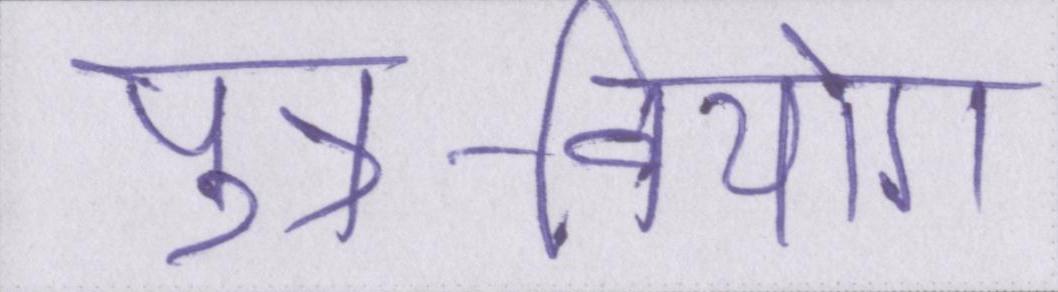
पुत्र-वियोग